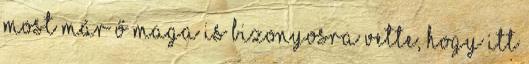
Most már ő maga is bizonyosra vette, hogy itt